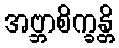
အဗ္ဘာစိက္ခန္တိ